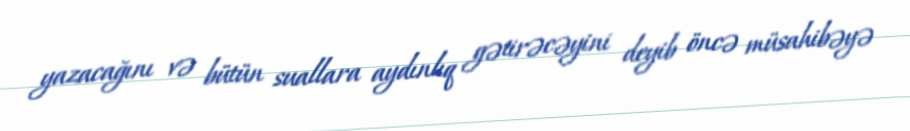
yazacağını və bütün suallara aydınlıq gətirəcəyini deyib öncə müsahibəyə